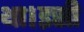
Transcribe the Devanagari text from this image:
था।इसी